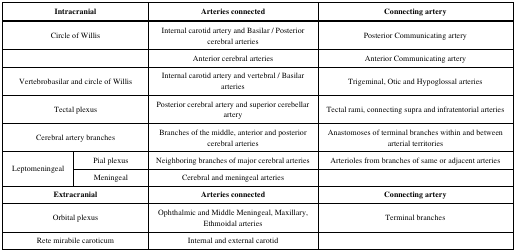
<table><thead><tr><td colspan="2"><b>Intracranial</b></td><td><b>Arteries connected</b></td><td><b>Connecting artery</b></td></tr></thead><tbody><tr><td colspan="2">Circle of Willis</td><td>Internal carotid artery and Basilar / Posterior cerebral arteries</td><td>Posterior Communicating artery</td></tr><tr><td colspan="2"></td><td>Anterior cerebral arteries</td><td>Anterior Communicating artery</td></tr><tr><td colspan="2">Vertebrobasilar and circle of Willis</td><td>Internal carotid artery and vertebral / Basilar arteries</td><td>Trigeminal, Otic and Hypoglossal arteries</td></tr><tr><td colspan="2">Tectal plexus</td><td>Posterior cerebral artery and superior cerebellar artery </td><td>Tectal rami, connecting supra and infratentorial arteries</td></tr><tr><td colspan="2">Cerebral artery branches</td><td>Branches of the middle, anterior and posterior cerebral arteries</td><td>Anastomoses of terminal branches within and between arterial territories</td></tr><tr><td rowspan="2">Leptomeningeal</td><td>Pial plexus</td><td>Neighboring branches of major cerebral arteries</td><td>Arterioles from branches of same or adjacent arteries</td></tr><tr><td>Meningeal</td><td>Cerebral and meningeal arteries</td><td></td></tr><tr><td colspan="2"><b>Extracranial</b></td><td><b>Arteries connected</b></td><td><b>Connecting artery</b></td></tr><tr><td colspan="2">Orbital plexus</td><td>Ophthalmic and Middle Meningeal, Maxillary, Ethmoidal arteries</td><td>Terminal branches</td></tr><tr><td colspan="2">Rete mirabile caroticum</td><td>Internal and external carotid</td><td></td></tr></tbody></table>